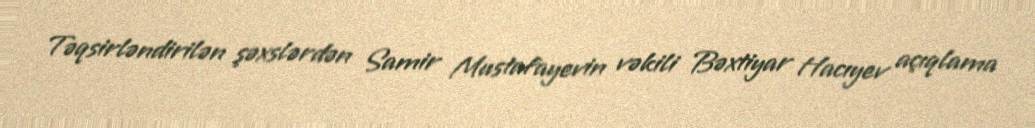
Təqsirləndirilən şəxslərdən Samir Mustafayevin vəkili Bəxtiyar Hacıyev açıqlama